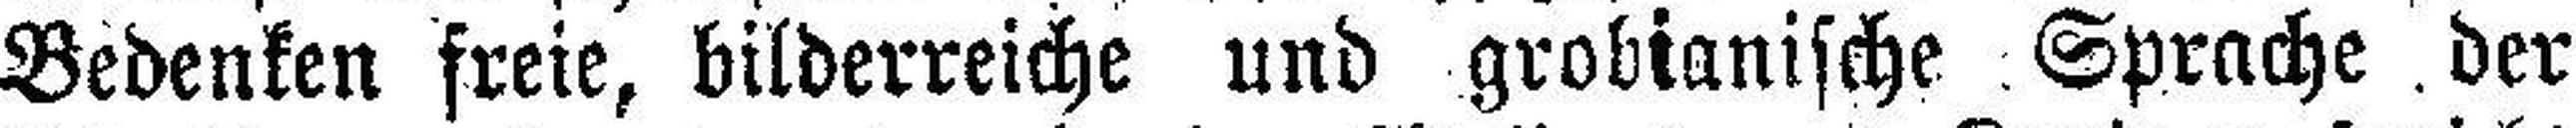
Bedenken freie, bilderreiche und grobianische Sprache der